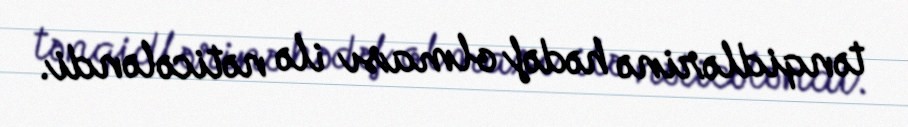
tənqidlərinə hədəf olması ilə nəticələndi.